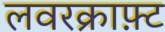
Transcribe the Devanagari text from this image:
लवरक्राफ़्ट